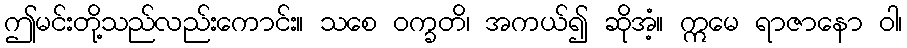
ဤမင်းတို့သည်လည်းကောင်း။ သစေ ဝက္ခတိ၊ အကယ်၍ ဆိုအံ့။ ဣမေ ရာဇာနော ဝါ၊